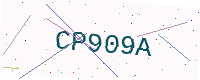
Text: CP909A